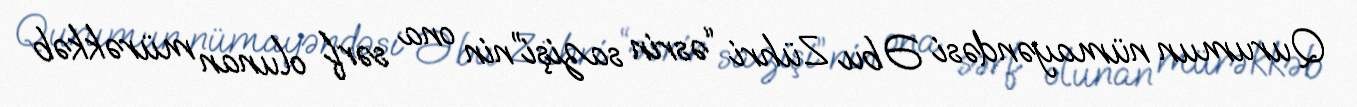
Qurumun nümayəndəsi Əbu Zühri “əsrin sazişi”nin ona sərf olunan mürəkkəb